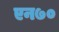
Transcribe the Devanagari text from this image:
एन७०